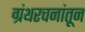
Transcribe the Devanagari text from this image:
ग्रंथरचनांतून